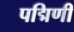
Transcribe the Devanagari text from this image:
पद्मिणी